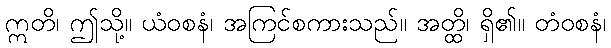
ဣတိ၊ ဤသို့။ ယံဝစနံ၊ အကြင်စကားသည်။ အတ္ထိ၊ ရှိ၏။ တံဝစနံ၊